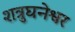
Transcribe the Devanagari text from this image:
शत्रुघनेश्वर